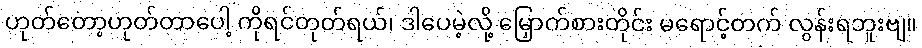
ဟုတ်တော့ဟုတ်တာပေါ့ ကိုရင်တုတ်ရယ်၊ ဒါပေမဲ့လို့ မြှောက်စားတိုင်း မရောင့်တက် လွန်းရဘူးဗျ။